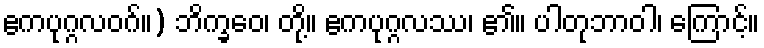
ဧကပုဂ္ဂလဝဂ်။) ဘိက္ခဝေ၊ တို့။ ဧကပုဂ္ဂလဿ၊ ၏။ ပါတုဘာဝါ၊ ကြောင့်။